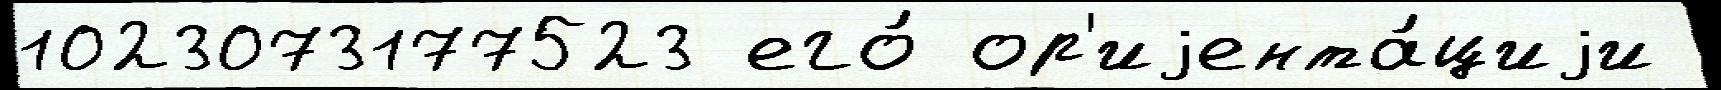
1023073177523 его́ ор'иjента́циjи